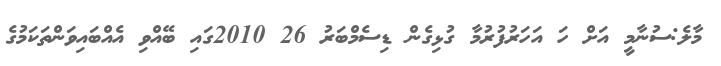
މާލެ:ސުނާމީ އަށް ހަ އަހަރުފުރުމާ ގުޅިގެން ޑިސެމްބަރު 26 2010ގައި ބޭއްވި އެއްބައިވަންތަކަމުގެ